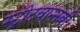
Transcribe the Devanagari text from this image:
स्ट्रीटवान्नबी